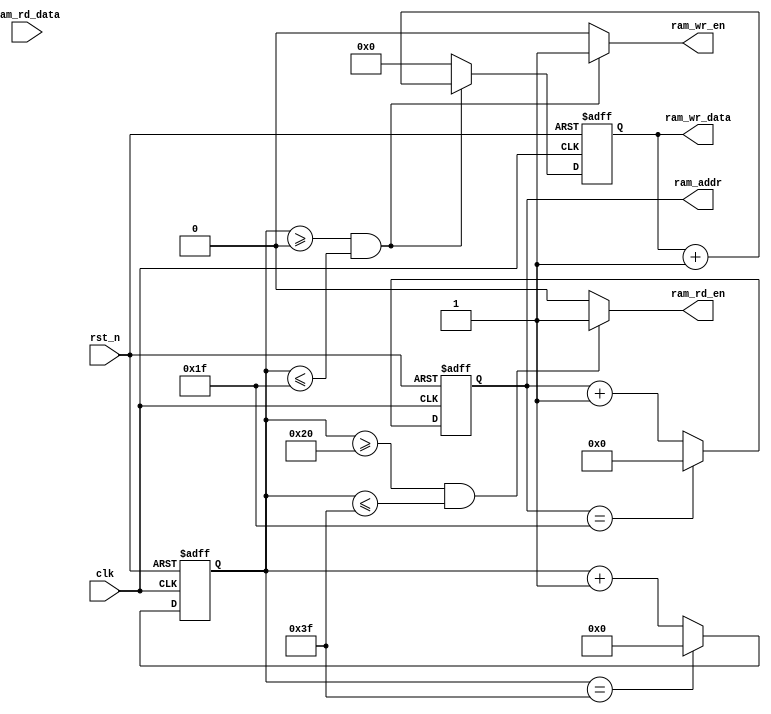
//****************************************Copyright (c)***********************************//
//www.openedv.com
//http://openedv.taobao.com 
//""FPGA & STM32
//
//Copyright(C)  2018-2028
//All rights reserved                               
//----------------------------------------------------------------------------------------
// File name:           ram_rw
// Last modified Date:  2018/3/18 8:41:06
// Last Version:        V1.0
// Descriptions:       
//----------------------------------------------------------------------------------------
// Created by:          
// Created date:        2018/3/18 8:41:06
// Version:             V1.0
// Descriptions:        The original version
//
//----------------------------------------------------------------------------------------
//****************************************************************************************//

module ram_rw(
    input               clk        ,  //
    input               rst_n      ,  //
    
    output              ram_wr_en  ,  //ram
    output              ram_rd_en  ,  //ram
    output  reg  [4:0]  ram_addr   ,  //ram
    output  reg  [7:0]  ram_wr_data,  //ram
    
    input        [7:0]  ram_rd_data   //ram        
    );

//reg define
reg    [5:0]  rw_cnt ;                //

//*****************************************************
//**                    main code
//*****************************************************

//rw_cnt0~31,ram_wr_en;32~63,ram_wr_en
assign  ram_wr_en = ((rw_cnt >= 6'd0) && (rw_cnt <= 6'd31))  ?  1'b1  :  1'b0;
//rw_cnt32~63,ram_rd_en;0~31,ram_rd_en
assign  ram_rd_en = ((rw_cnt >= 6'd32) && (rw_cnt <= 6'd63))  ?  1'b1  :  1'b0;

//,0~63
always @(posedge clk or negedge rst_n) begin
    if(rst_n == 1'b0)
        rw_cnt <= 6'd0;    
    else if(rw_cnt == 6'd63)
        rw_cnt <= 6'd0;
    else
        rw_cnt <= rw_cnt + 6'd1;    
end    

//0~31 ram
always @(posedge clk or negedge rst_n) begin
    if(rst_n == 1'b0)
        ram_wr_data <= 8'd0;  
    else if(rw_cnt >= 6'd0 && rw_cnt <= 6'd31)
        ram_wr_data <= ram_wr_data + 8'd1;
    else
        ram_wr_data <= 8'd0;         
end    

// :0~31
always @(posedge clk or negedge rst_n) begin
    if(rst_n == 1'b0)
        ram_addr <= 5'd0;
    else if(ram_addr == 5'd31)
        ram_addr <= 5'd0;
    else
        ram_addr <= ram_addr + 1'b1; 
end

endmodule